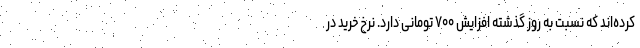
کرده‌اند که نسبت به روز گذشته افزایش ۷۰۰ تومانی دارد. نرخ خرید در